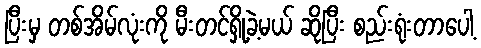
ပြီးမှ တစ်အိမ်လုံးကို မီးတင်ရှို့ခဲ့မယ် ဆိုပြီး စည်းရုံးတာပေါ့